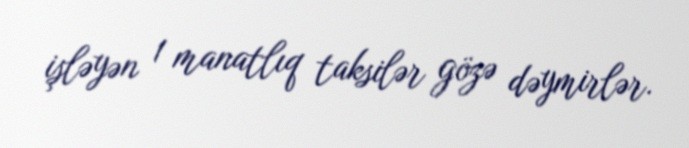
işləyən 1 manatlıq taksilər gözə dəymirlər.